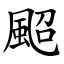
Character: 䫿